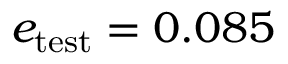
e _ { \mathrm { t e s t } } = 0 . 0 8 5